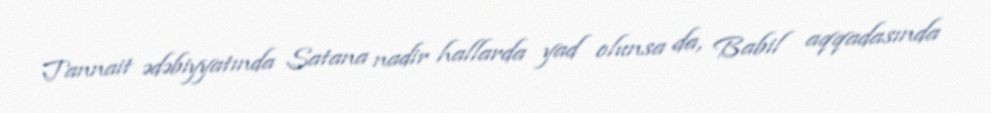
Tannait ədəbiyyatında Satana nadir hallarda yad olunsa da, Babil aqqadasında